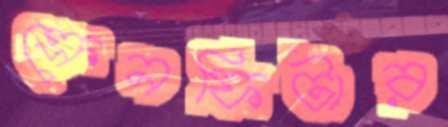
ক্রেনফিটার